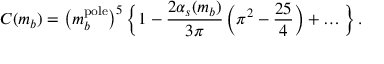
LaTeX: C ( m _ { b } ) = \big ( m _ { b } ^ { \mathrm { p o l e } } \big ) ^ { 5 } \, \bigg \{ 1 - { \frac { 2 \alpha _ { s } ( m _ { b } ) } { 3 \pi } } \, \bigg ( \pi ^ { 2 } - { \frac { 2 5 } { 4 } } \bigg ) + \ldots \bigg \} \, .